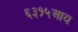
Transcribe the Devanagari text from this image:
६३१५आय